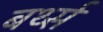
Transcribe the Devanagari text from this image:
बर्थ्स